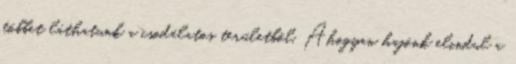
többet láthatunk a csodálatos területből. Ahogyan hajónk elindul a